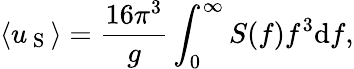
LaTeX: \langle u_{\mathrm{~S~}}\rangle=\frac{16\pi^{3}}{g}\int_{0}^{\infty}S(f)f^{3}\mathrm{d}f,